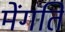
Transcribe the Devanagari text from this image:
मेंगति